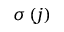
\sigma \left( j \right)